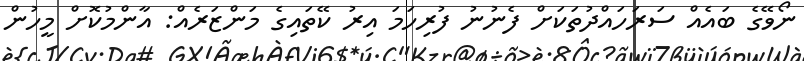
ނޯވޭގެ ބައެއް ސަރަހައްދުތަކަށް ފެނުނު ފުރިހަމަ އިރު ކޭތައިގެ މަންޒަރެއް: އާންމުކޮށް މީހުން